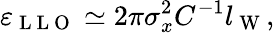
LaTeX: \varepsilon_{\mathrm{~L~L~O~}}\simeq 2\pi\sigma_{x}^{2}C^{-1}l_{\mathrm{~W~}},